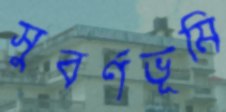
সুবর্ণভূমি